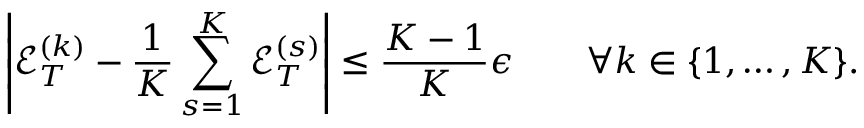
\left| { \mathcal E } _ { T } ^ { ( k ) } - \frac { 1 } { K } \sum _ { s = 1 } ^ { K } { \mathcal E } _ { T } ^ { ( s ) } \right| \le \frac { K - 1 } K \epsilon \qquad \forall k \in \{ 1 , \dots , K \} .